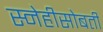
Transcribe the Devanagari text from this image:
स्नेहीसोबती